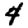
Digit: 4